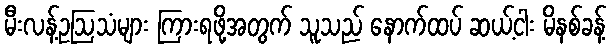
မီးလန့်ဥဩသံများ ကြားရဖို့အတွက် သူသည် နောက်ထပ် ဆယ့်ငါး မိနစ်ခန့်